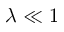
\lambda \ll 1